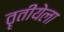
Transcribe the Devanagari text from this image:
तॄतीयेला